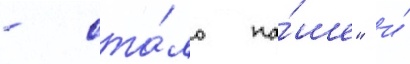
- ста́ло на́ше" и́